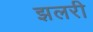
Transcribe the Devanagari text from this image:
झलरी